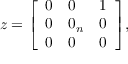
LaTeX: z = { \left[ \begin{array} { l l l } { 0 } & { 0 } & { 1 } \\ { 0 } & { 0 _ { n } } & { 0 } \\ { 0 } & { 0 } & { 0 } \end{array} \right] } ,